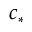
c _ { * }